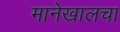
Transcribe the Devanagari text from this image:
मानेखालचा